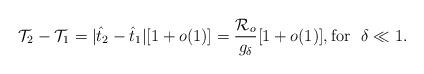
LaTeX: \begin{align*}\mathcal{T}_2-\mathcal{T}_1=|\hat{t}_2-\hat{t}_1|[1+o(1)]=\frac{\mathcal{R}_o}{g_\delta}[1+o(1)], \mbox{for }~ \delta\ll 1.\end{align*}